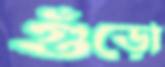
গুঁড়ো